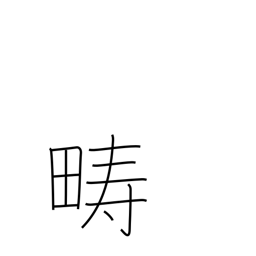
Meaning: arable land